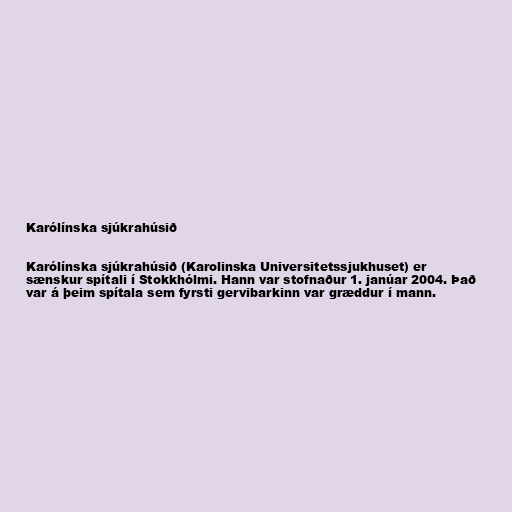
Karólínska sjúkrahúsið

Karólínska sjúkrahúsið (Karolinska Universitetssjukhuset) er
sænskur spítali í Stokkhólmi. Hann var stofnaður 1. janúar 2004. Það
var á þeim spítala sem fyrsti gervibarkinn var græddur í mann.